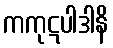
ကကုဋပါဒါနိ